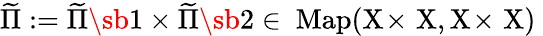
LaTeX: \widetilde\Pi:=\widetilde\Pi\sb 1\times\widetilde\Pi\sb 2\in\mathrm{~\mathrm{Map}(X\! \times\! ~X,X\! \times\! ~X)~}